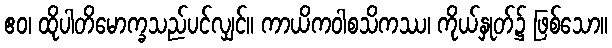
ဧဝ၊ ထိုပါတိမောက္ခသည်ပင်လျှင်။ ကာယိကဝါစသိကဿ၊ ကိုယ်နှုတ်၌ ဖြစ်သော။